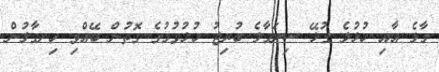
މާލެ އާއި ހުޅުލެ ގުޅޭ ސިނަމާލެ ބުރިޖު ހުޅުވުމުގެ ގޮތުން ބޭއްވި ހިނގާލުން